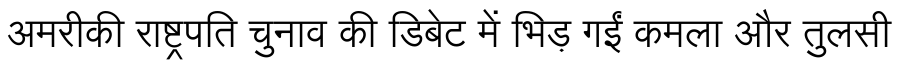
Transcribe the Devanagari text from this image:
अमरीकी राष्ट्रपति चुनाव की डिबेट में भिड़ गईं कमला और तुलसी